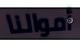
أموالنا